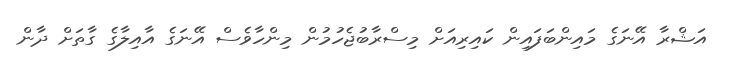
އަޝްރާ އޭނަގެ މައިންބަފައިން ކައިރިއަށް މިސްރާބުޖެހުމުން މިންހާވެސް އޭނަގެ އާއިލާގެ ގާތަށް ދާން